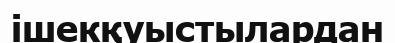
ішекқуыстылардан